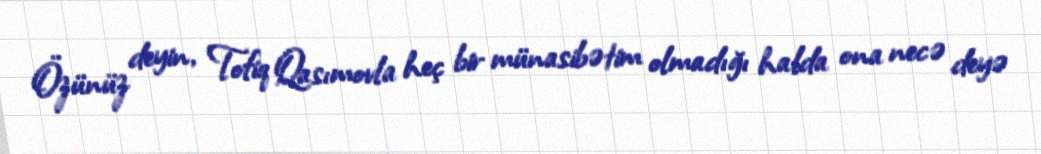
Özünüz deyin, Tofiq Qasımovla heç bir münasibətim olmadığı halda ona necə deyə